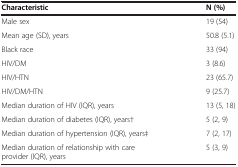
<table><thead><tr><td><b>Characteristic</b></td><td><b>N (%)</b></td></tr></thead><tbody><tr><td>Male sex</td><td>19 (54)</td></tr><tr><td>Mean age (SD), years</td><td>50.8 (5.1)</td></tr><tr><td>Black race</td><td>33 (94)</td></tr><tr><td>HIV/DM</td><td>3 (8.6)</td></tr><tr><td>HIV/HTN</td><td>23 (65.7)</td></tr><tr><td>HIV/DM/HTN</td><td>9 (25.7)</td></tr><tr><td>Median duration of HIV (IQR), years</td><td>13 (5, 18)</td></tr><tr><td>Median duration of diabetes (IQR), years†</td><td>5 (2, 9)</td></tr><tr><td>Median duration of hypertension (IQR), years‡</td><td>7 (2, 17)</td></tr><tr><td>Median duration of relationship with care provider (IQR), years</td><td>5 (3, 9)</td></tr></tbody></table>